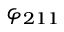
\varphi _ { 2 1 1 }